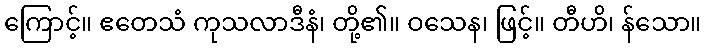
ကြောင့်။ ဧတေသံ ကုသလာဒီနံ၊ တို့၏။ ဝသေန၊ ဖြင့်။ တီဟိ၊ န်သော။